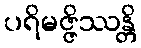
ပရိမဇ္ဇိဿန္တိ